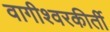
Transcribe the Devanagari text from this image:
वागीश्वरकीर्ती